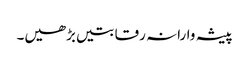
پیشہ وارانہ رقابتیں بڑھیں۔